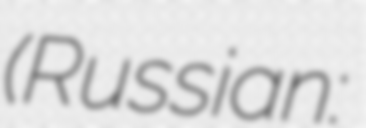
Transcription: (Russian: